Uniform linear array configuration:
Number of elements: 24
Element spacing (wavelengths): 0.75
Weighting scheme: uniform
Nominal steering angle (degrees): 0
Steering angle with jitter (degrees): -1.937
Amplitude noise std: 0.05
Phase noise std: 0.05

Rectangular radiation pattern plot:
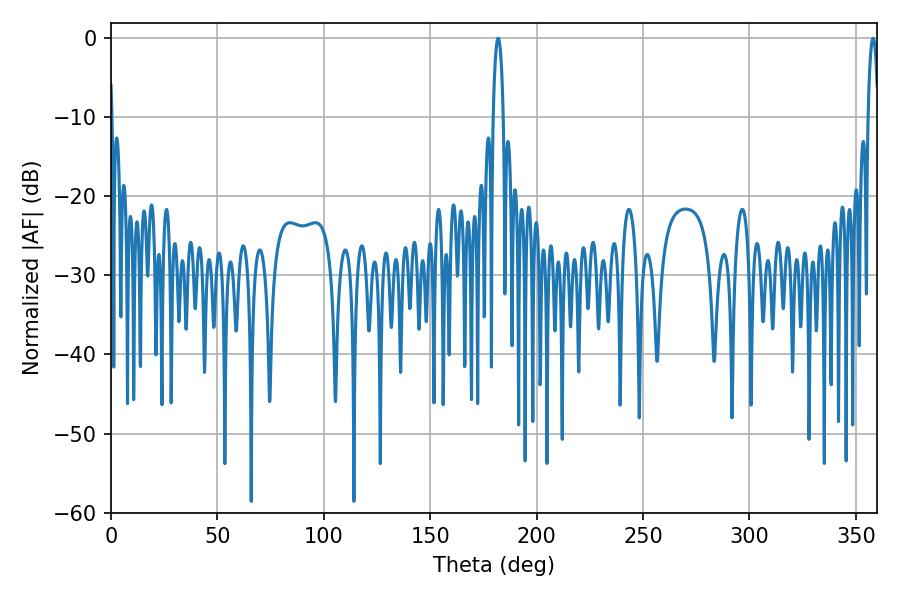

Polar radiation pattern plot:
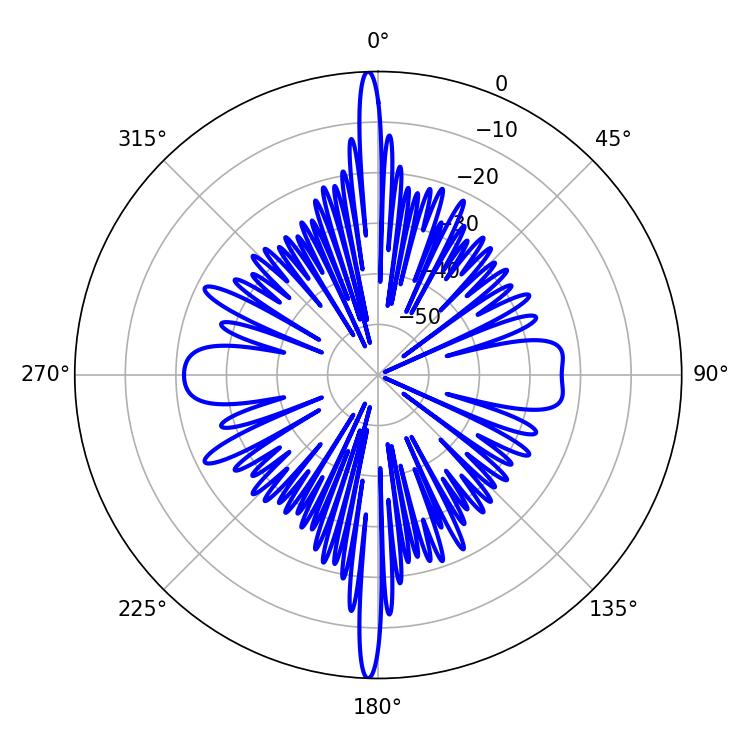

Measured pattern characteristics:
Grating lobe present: TRUE
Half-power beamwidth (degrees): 2.7
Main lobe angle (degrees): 181.98